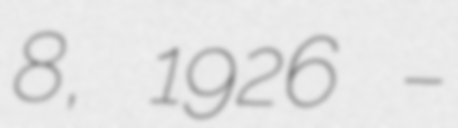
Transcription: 8, 1926 –